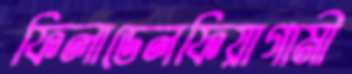
ফিলাডেলফিয়াগামী